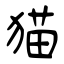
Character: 猫